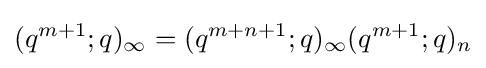
(q^{m+1};q)_{\infty }=(q^{m+n+1};q)_{\infty }(q^{m+1};q)_{n}